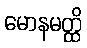
မောနမတ္ထိ